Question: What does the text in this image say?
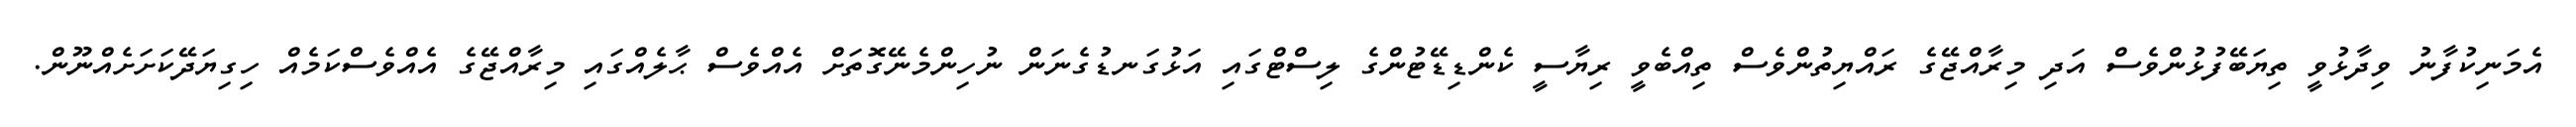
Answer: އެމަނިކުފާނު ވިދާޅުވީ ތިޔަބޭފުޅުންވެސް އަދި މިރާއްޖޭގެ ރައްޔިތުންވެސް ތިއްބެވީ ރިޔާސީ ކެންޑިޑޭޓުންގެ ލިސްޓްގައި އަޅުގަނޑުގެނަން ނުހިންމެނޭގޮތަށް އެއްވެސް ޙާލެއްގައި މިރާއްޖޭގެ އެއްވެސްކަމެއް ހިގިޔަދޭކަށަށެއްނޫން.